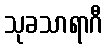
သုခသာရာဂီ